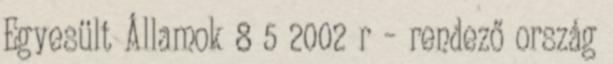
Egyesült Államok 8 5 2002 r – rendező ország